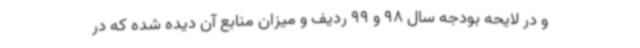
و در لایحه بودجه سال 98 و 99 ردیف و میزان منابع آن دیده شده که در